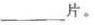
___片。